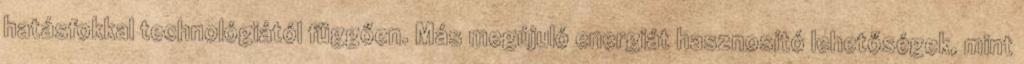
hatásfokkal technológiától függően. Más megújuló energiát hasznosító lehetőségek, mint